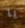
يا